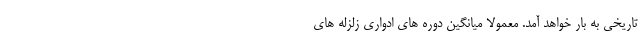
تاریخی به بار خواهد آمد. معمولا میانگین دوره های ادواری زلزله های